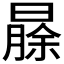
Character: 𬁐